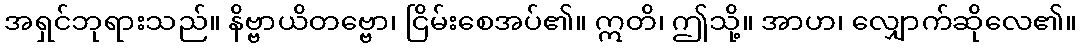
အရှင်ဘုရားသည်။ နိဗ္ဗာယိတဗ္ဗော၊ ငြိမ်းစေအပ်၏။ ဣတိ၊ ဤသို့။ အာဟ၊ လျှောက်ဆိုလေ၏။